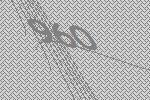
960